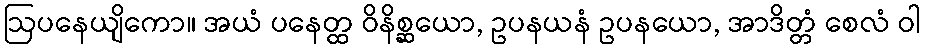
ဩပနေယျိကော။ အယံ ပနေတ္ထ ဝိနိစ္ဆယော, ဥပနယနံ ဥပနယော, အာဒိတ္တံ စေလံ ဝါ